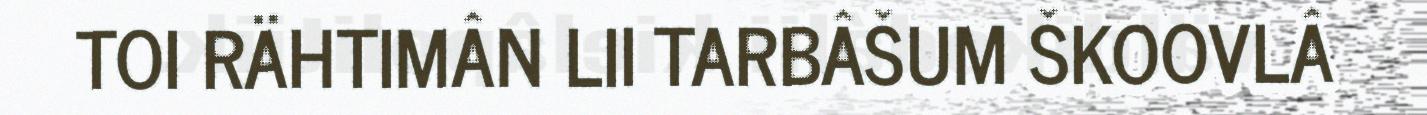
TOI RÄHTIMÂN LII TARBÂŠUM ŠKOOVLÂ